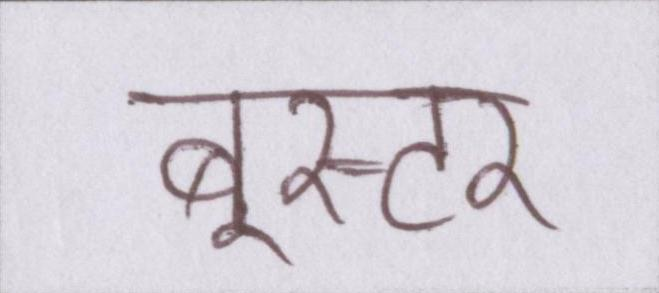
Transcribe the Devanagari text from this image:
बूस्टर